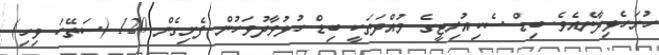
ހުށަހެޅިދާނެއެވެ. ބިޑް ސެކިއުރިޓީގެ މުއްދަތަކީ ބިޑް ހުޅުވާދުވަހުން ފެށިގެން 120 (ސަތޭކަ ވިހި)